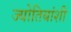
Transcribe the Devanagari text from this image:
ज्योतिबांशी